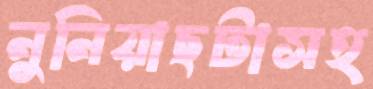
নুনিয়াছটাসহ